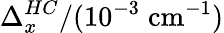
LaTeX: \Delta_{x}^{HC}/(10^{-3}\; \mathrm{cm}^{-1})